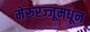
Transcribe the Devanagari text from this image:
मेरुरज्जूमधून